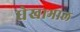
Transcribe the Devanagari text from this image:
धेखाभाल